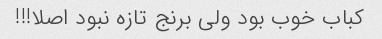
کباب خوب بود ولی برنج تازه نبود اصلا!!!